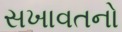
સખાવતનો